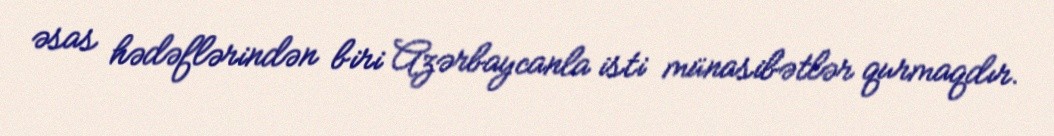
əsas hədəflərindən biri Azərbaycanla isti münasibətlər qurmaqdır.